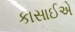
કાસાઈએ